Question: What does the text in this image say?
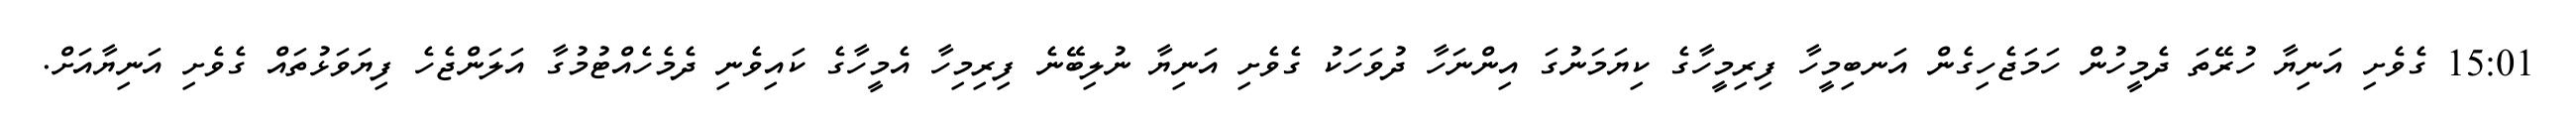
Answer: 15:01 ގެވެށި އަނިޔާ ހުރޭތަ ދެމީހުން ހަމަޖެހިގެން އަނބިމީހާ ފިރިމީހާގެ ކިޔަމަނުގަ އިންނަހާ ދުވަހަކު ގެވެށި އަނިޔާ ނުލިބޭނެ ފިރިމިހާ އެމީހާގެ ކައިވެނި ދެމެހެއްޓުމުގާ އަލަންޖެހެ ފިޔަވަޅުތައް ގެވެށި އަނިޔާއަށް.